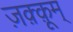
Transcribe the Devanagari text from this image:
ज़क़्क़ूम्